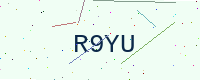
Text: R9YU